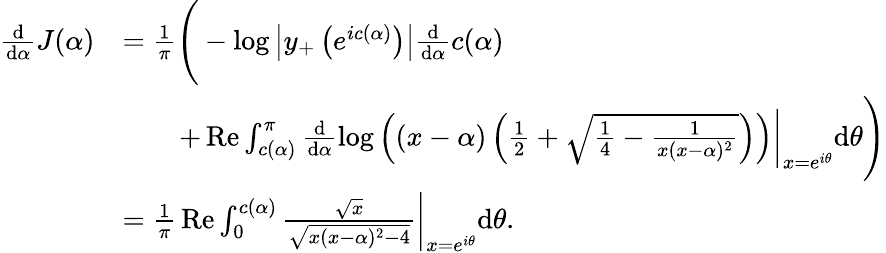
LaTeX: \begin{array}{rl}{\frac{\mathrm d}{\mathrm d\alpha}J(\alpha)}&{=\frac{1}{\pi}\Bigg(-\log\left|y_{+}\left(e^{ic(\alpha)}\right)\right|\frac{\mathrm d}{\mathrm d\alpha}c(\alpha)}\\ &{\qquad+\mathop{\mathrm{Re}}\int_{c(\alpha)}^{\pi}\frac{\mathrm d}{\mathrm d\alpha}\log\left((x-\alpha)\left(\frac 12+\sqrt{\frac 14-\frac{1}{x(x-\alpha)^{2}}}\right)\right)\bigg\rvert_{x=e^{i\theta}}\mathrm d\theta\Bigg)}\\ &{=\frac{1}{\pi}\mathop{\mathrm{Re}}\int_{0}^{c(\alpha)}\frac{\sqrt{x}}{\sqrt{x(x-\alpha)^{2}-4}}\bigg\rvert_{x=e^{i\theta}}\mathrm d\theta.}\end{array}